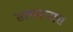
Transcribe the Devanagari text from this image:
सत्यवानास